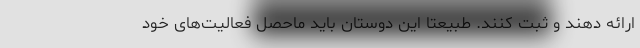
ارائه دهند و ثبت کنند. طبیعتا این دوستان باید ماحصل فعالیت‌های خود